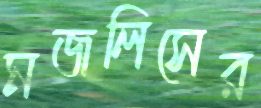
মজলিসের